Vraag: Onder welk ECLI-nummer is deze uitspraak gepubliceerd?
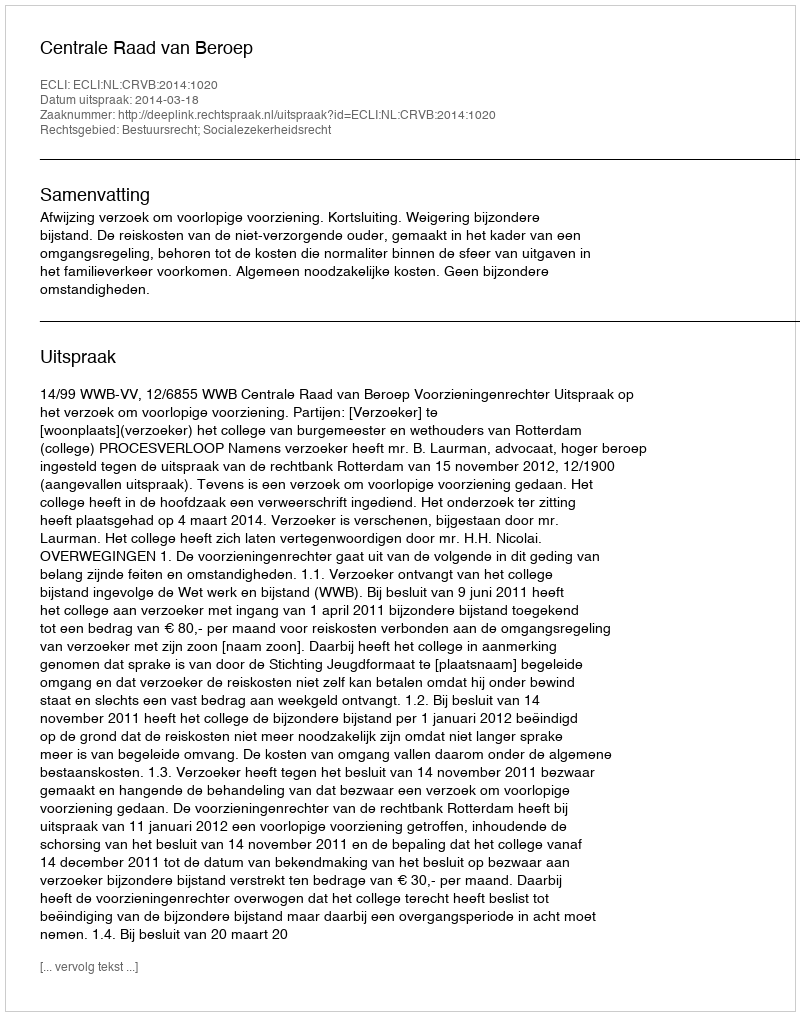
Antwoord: ECLI:NL:CRVB:2014:1020